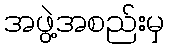
အဖွဲ့အစည်းမှ